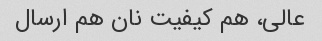
عالی، هم کیفیت نان هم ارسال